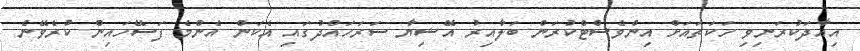
އިއާދަކުރަނިވި ހަކަތައަށް އިންވެސްޓްކުރަން ބަލާއިރު އޭޝިޔާ ސަރަހައްދުގައި އެކަން އެންމެ ފަސޭހައިން ކުރެވޭނެ